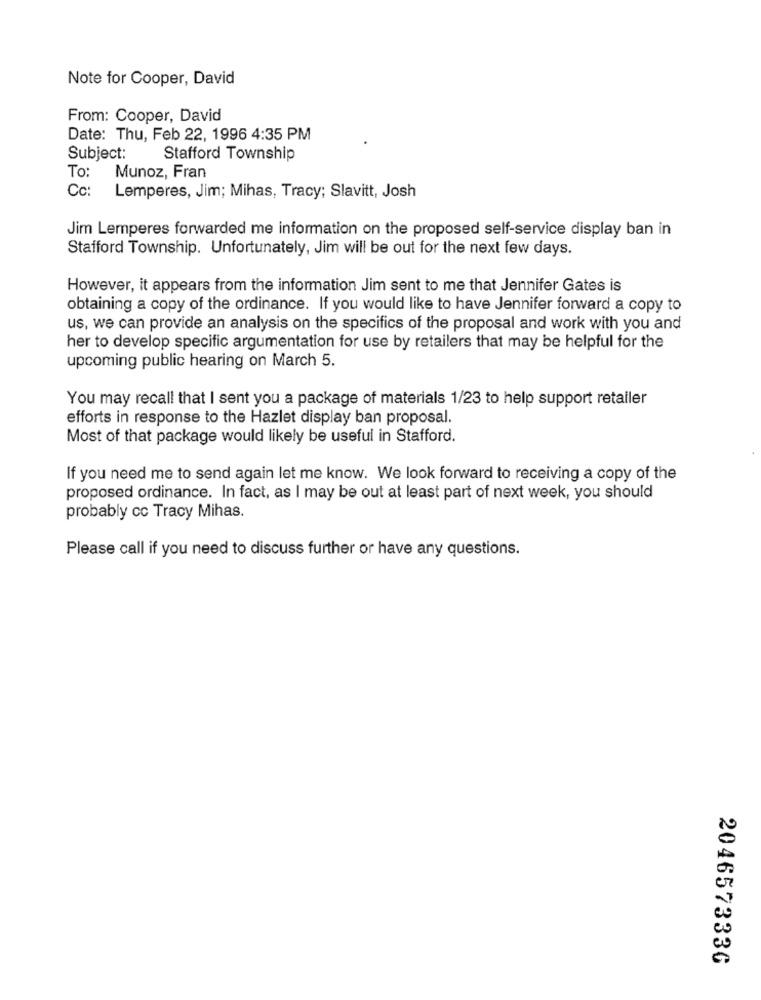
Note for Cooper, David
From: Cooper, David
Date: Thu, Feb 22, 1996 4:35 PM
Subject:
Stafford Township
To: Munoz, Fran
Cc:
Lemperes, Jim; Mihas, Tracy; Slavitt, Josh
Jim Lemperes forwarded me information on the proposed self-service display ban in
Stafford Township. Unfortunately, Jim will be out for the next few days.
However, it appears from the information Jim sent to me that Jennifer Gates is
obtaining a copy of the ordinance. If you would like to have Jennifer forward a copy to
us, we can provide an analysis on the specifics of the proposal and work with you and
her to develop specific argumentation for use by retailers that may be helpful for the
upcoming public hearing on March 5.
You may recall that I sent you a package of materials 1/23 to help support retailer
efforts in response to the Hazlet display ban proposal.
Most of that package would likely be useful in Stafford.
If you need me to send again let me know. We look forward to receiving a copy of the
proposed ordinance. In fact, as I may be out at least part of next week, you should
probably cc Tracy Mihas.
Please call if you need to discuss further or have any questions.
2046573336